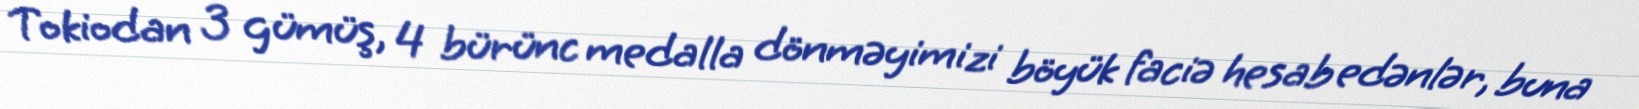
Tokiodan 3 gümüş, 4 bürünc medalla dönməyimizi böyük faciə hesab edənlər, buna